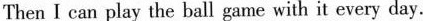
Then I can play the ball game with it every day.